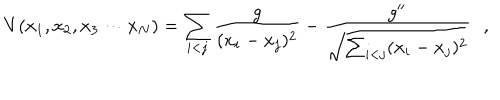
LaTeX: V ( x _ { 1 } , x _ { 2 } , x _ { 3 } \cdots x _ { N } ) = \sum _ { i < j } { \frac { g } { ( x _ { i } - x _ { j } ) ^ { 2 } } } - \frac { g ^ { \prime \prime } } { \sqrt { \sum _ { i < j } ( x _ { i } - x _ { j } ) ^ { 2 } } } \, \, \, \, ,